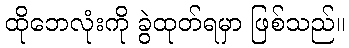
ထိုဘေလုံးကို ခွဲထုတ်ရမှာ ဖြစ်သည်။